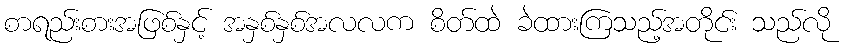
စာရည်းစားအဖြစ်နှင့် အနှစ်နှစ်အလလက စိတ်ထဲ ခဲထားကြသည့်အတိုင်း သည်လို